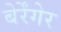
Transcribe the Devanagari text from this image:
बेर्रेंगेर